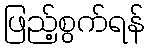
ဖြည့်စွက်ရန်